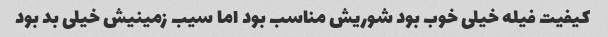
کیفیت فیله خیلی خوب بود شوریش مناسب بود اما سیب زمینیش خیلی بد بود